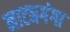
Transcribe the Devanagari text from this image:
नाट्यगंगा